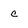
Character: c